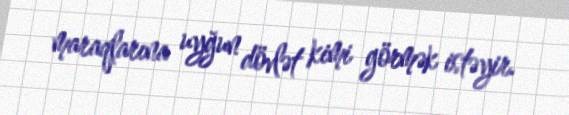
maraqlarına uyğun dövlət kimi görmək istəyir.